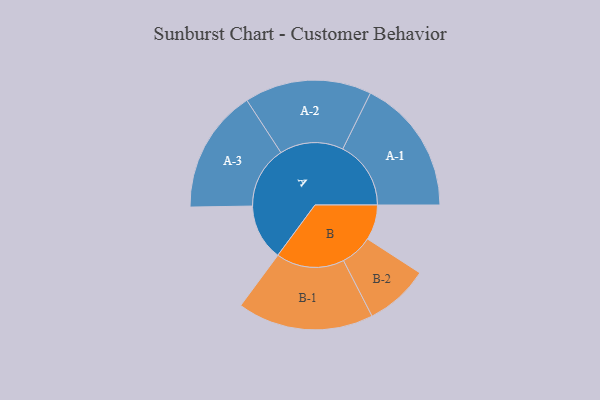
{"axis": {"x": "Segment", "y": "Value"}, "legend": ["", "A", "B"], "data": [{"x": "A", "y": 246, "type": ""}, {"x": "B", "y": 154, "type": ""}, {"x": "A-1", "y": 298, "type": "A"}, {"x": "A-2", "y": 278, "type": "A"}, {"x": "A-3", "y": 271, "type": "A"}, {"x": "B-1", "y": 298, "type": "B"}, {"x": "B-2", "y": 140, "type": "B"}]}